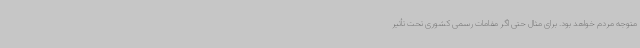
متوجه مردم خواهد بود. برای مثال حتی اگر مقامات رسمی کشوری تحت تأثیر